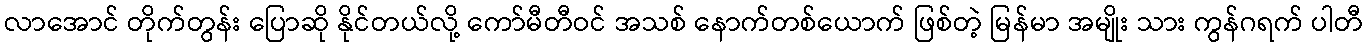
လာအောင် တိုက်တွန်း ပြောဆို နိုင်တယ်လို့ ကော်မီတီဝင် အသစ် နောက်တစ်ယောက် ဖြစ်တဲ့ မြန်မာ အမျိုး သား ကွန်ဂရက် ပါတီ